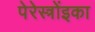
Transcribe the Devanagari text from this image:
पेरेस्त्रोंइका